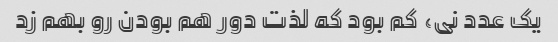
یک عدد نی، کم بود که لذت دور هم بودن رو بهم زد